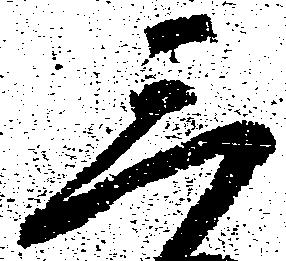
三